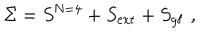
\Sigma = S ^ { \mathrm { N = 4 } } + S _ { \mathrm { e x t } } + S _ { \mathrm { g f } } \, \, ,